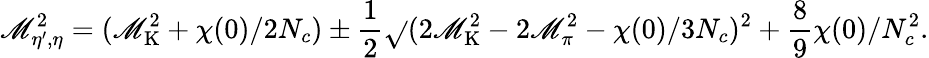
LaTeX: \mathscr{M}_{\eta^{\prime},\eta}^{2}=(\mathscr{M}_{\mathrm{{K}}}^{2}+\chi(0)/2N_{c})\pm{\frac{{1}}{{2}}}\sqrt{}{{(2\mathscr{M}_{\mathrm{{K}}}^{2}-2\mathscr{M}_{\pi}^{2}-\chi(0)/3N_{c})^{2}+{\frac{{8}}{{9}}}\chi(0)/N_{c}^{2}}}.